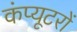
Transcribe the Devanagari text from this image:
कंप्‍यूटरों